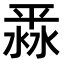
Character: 𣸞